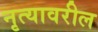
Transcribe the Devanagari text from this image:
नृत्यावरील